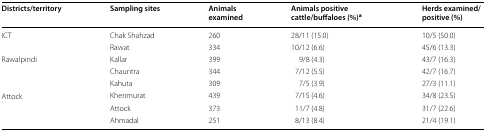
<table><thead><tr><td><b>Districts/territory</b></td><td><b>Sampling sites</b></td><td><b>Animals examined</b></td><td><b>Animals positive cattle/buffaloes (%)<sup>a</sup></b></td><td><b>Herds examined/positive (%)</b></td></tr></thead><tbody><tr><td rowspan="2">ICT</td><td>Chak Shahzad</td><td>260</td><td>28/11 (15.0)</td><td>10/5 (50.0)</td></tr><tr><td>Rawat</td><td>334</td><td>10/12 (6.6)</td><td>45/6 (13.3)</td></tr><tr><td rowspan="3">Rawalpindi</td><td>Kallar</td><td>399</td><td>9/8 (4.3)</td><td>43/7 (16.3)</td></tr><tr><td>Chauntra</td><td>344</td><td>7/12 (5.5)</td><td>42/7 (16.7)</td></tr><tr><td>Kahuta</td><td>309</td><td>7/5 (3.9)</td><td>27/3 (11.1)</td></tr><tr><td rowspan="3">Attock</td><td>Kherimurat</td><td>439</td><td>7/15 (4.6)</td><td>34/8 (23.5)</td></tr><tr><td>Attock</td><td>373</td><td>11/7 (4.8)</td><td>31/7 (22.6)</td></tr><tr><td>Ahmadal</td><td>251</td><td>8/13 (8.4)</td><td>21/4 (19.1)</td></tr></tbody></table>